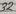
Text: 32